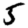
Digit: 5